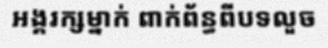
អង្គរក្សម្នាក់ ពាក់ព័ន្ធពីបទលួច